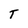
Character: T